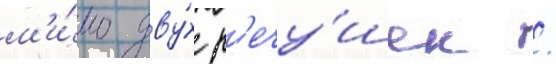
м'и́мо дву́х р'ечу́шек /